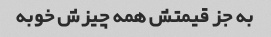
به جز قیمتش همه چیزش خوبه